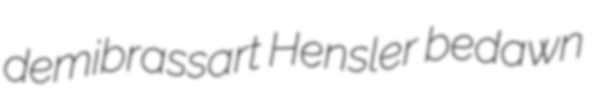
demibrassart Hensler bedawn